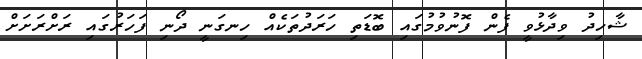
ޝާހިދު ވިދާޅުވީ ފެން ފޮނުވުމުގައި ބޮޑަތި ހަރަދުތަކެއް ހިނގަނީ ދޯނި ފަހަރުގައި ރަށްރަށަށް